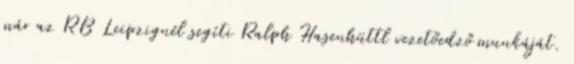
már az RB Leipzignél segíti Ralph Hasenhüttl vezetőedző munkáját.